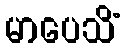
မာပေသိံ